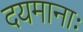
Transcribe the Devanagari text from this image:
दयमानाः